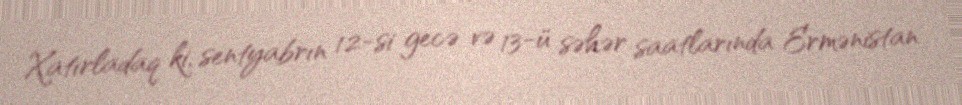
Xatırladaq ki, sentyabrın 12-si gecə və 13-ü səhər saatlarında Ermənistan